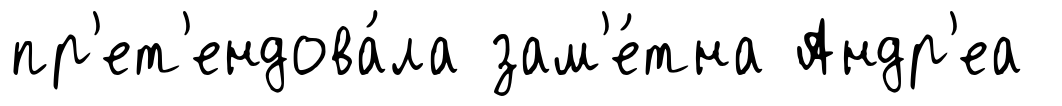
пр'ет'ендова́ла зам'е́тна Андр'еа